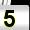
Digit: 5